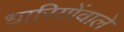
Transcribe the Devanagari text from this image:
धारियोंवाले